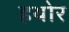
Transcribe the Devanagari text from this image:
हथोर